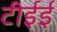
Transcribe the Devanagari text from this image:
टीईई